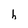
Character: h